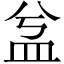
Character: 㿽